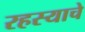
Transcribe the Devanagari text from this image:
रहस्याचे